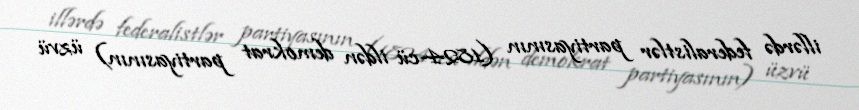
illərdə federalistlər partiyasının (1824-cü ildən demokrat partiyasının) üzvü